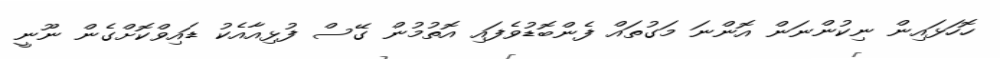
ހޮހަޅައިން ނިކުންނަން އޮންނަ މަގުތައް ފެންބޮޑުވެފައި އޮތުމުން ގޭސް ފުޅިއާއެކު ޑައިވްކޮށްގެން ނޫނީ